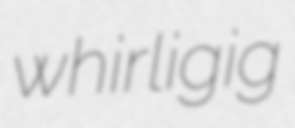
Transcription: whirligig